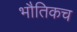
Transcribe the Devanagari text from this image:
भौतिकच